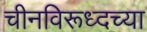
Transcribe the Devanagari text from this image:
चीनविरूध्दच्या